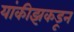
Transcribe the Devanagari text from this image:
यांकीझकडून